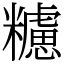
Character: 𥽜